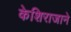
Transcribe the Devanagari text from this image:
केशिराजाने